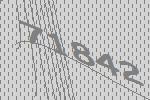
71842